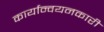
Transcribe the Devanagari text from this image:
कार्यान्‍वयनकारी